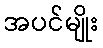
အပင်မျိုး